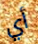
أي